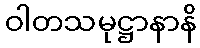
ဝါတသမုဋ္ဌာနာနိ